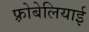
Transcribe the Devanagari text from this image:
फ़्रोबेलियाई